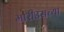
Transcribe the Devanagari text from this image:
मारीउसच्या